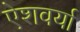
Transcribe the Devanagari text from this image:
ऐशवर्या